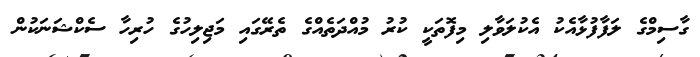
ގާސިމްގެ ލަފާފުޅާއެކު އެކުލަވާލި މިފޮތަކީ ކުރު މުއްދަތެއްގެ ތެރޭގައި މަޖިލިހުގެ ހުރިހާ ސެކްޝަނަކުން